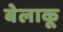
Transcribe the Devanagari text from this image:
बेलाकू